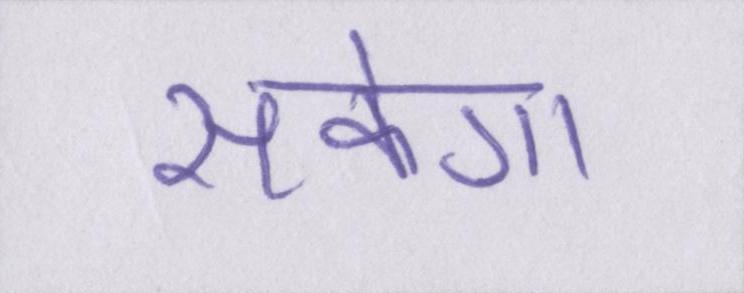
सकेगा